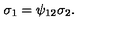
\sigma _ { 1 } = \psi _ { 1 2 } \sigma _ { 2 } .